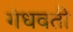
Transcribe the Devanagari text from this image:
गंधवती